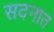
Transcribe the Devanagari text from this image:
सदनात